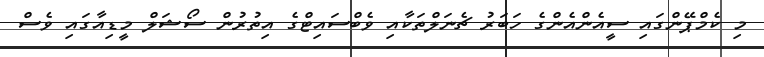
މި ކެމްޕޭންގައި ސީއެންއެންގެ ހަބަރު ޗެނަލްތަކާއި ވެބްސައިޓްގެ އިތުރުން ސޯޝަލް މީޑިއާގައި ވެސް